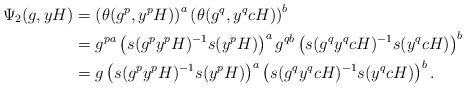
LaTeX: \begin{align*} \Psi_2(g,yH)&= \left(\theta(g^p,y^pH)\right)^a\left(\theta(g^q,y^qcH) \right)^{b}\\ &= g^{pa}\left(s(g^py^pH)^{-1}s(y^pH)\right)^a g^{qb}\left(s(g^qy^qcH)^ {-1}s(y^qcH)\right)^{b}\\ &= g\left(s(g^py^pH)^{-1}s(y^pH)\right)^a \left(s(g^qy^qcH)^{-1}s(y^qcH)\right)^ {b}. \end{align*}